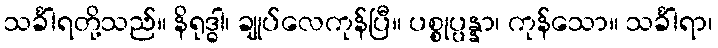
သင်္ခါရတို့သည်။ နိရုဒ္ဓါ၊ ချုပ်လေကုန်ပြီ။ ပစ္စုပ္ပန္နာ၊ ကုန်သော။ သင်္ခါရာ၊